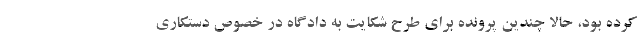
کرده بود، حالا چندین پرونده برای طرح شکایت به دادگاه در خصوص دستکاری